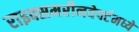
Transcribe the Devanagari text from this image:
राइक्समरीनवेर्फ्टमध्ये